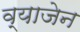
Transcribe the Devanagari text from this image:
व्याजेन